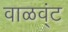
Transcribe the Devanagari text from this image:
वाळव्ंट